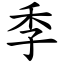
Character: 季